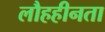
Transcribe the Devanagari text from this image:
लौहहीनता